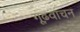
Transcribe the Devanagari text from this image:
गूढ़वाचन